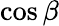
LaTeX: \cos\beta